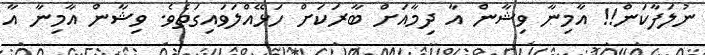
ނުލަފާކަން!! އާމިނާ ވިޝާން އާ ދިމާއަށް ބާރަކަށް ހަޅޭއްލަވައިގަތެވެ. ވިޝާން އާމިނާ އާ